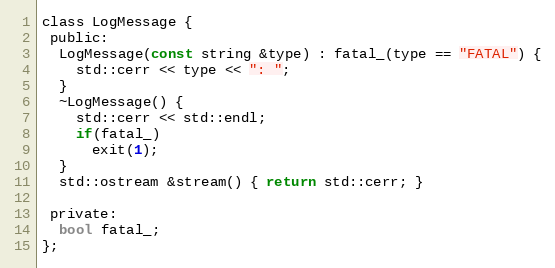
Language: C
class LogMessage {
 public:
  LogMessage(const string &type) : fatal_(type == "FATAL") {
    std::cerr << type << ": ";
  }
  ~LogMessage() {
    std::cerr << std::endl;
    if(fatal_)
      exit(1);
  }
  std::ostream &stream() { return std::cerr; }

 private:
  bool fatal_;
};